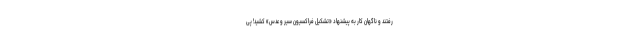
رفتند و ناگهان کار به پیشنهاد «تشکیل فراکسیون سیر و عدس» کشید! پی